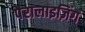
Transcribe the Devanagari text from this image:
पैरालाइज़िंग